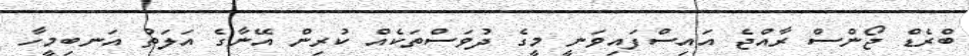
ބްރެޑް ޖޯންސް ރާއްޖެ އައިސްފައިވަނީ މީގެ ދުވަސްތަކެއް ކުރިން އޭނާގެ އަލަތު އަނބިމީހާ